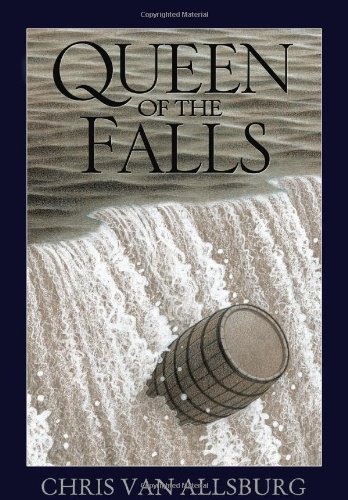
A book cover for Queen of the Falls; Chris Van Allsburg; Children's Books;